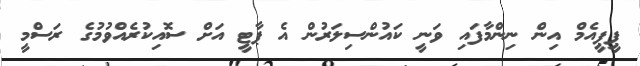
ޕީޕީއެމް އިން ނިންމާފައި ވަނީ ކައުންސިލަރުން އެ ޕާޓީ އަށް ސޮއިކުރެއްވުމުގެ ރަސްމީ